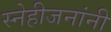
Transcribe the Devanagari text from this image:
स्नेहीजनांनी